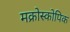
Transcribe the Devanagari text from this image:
मक्रोस्कोपिक